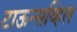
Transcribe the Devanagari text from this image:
टाऊन्सव्हिल